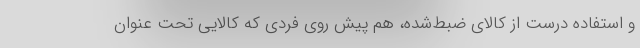
و استفاده درست از کالای ضبط‌شده، هم پیش روی فردی که کالایی تحت عنوان